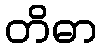
တိဓာ